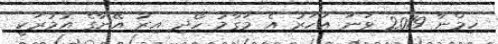
ހިމްނާ 2019 ވަނަ އަހަރު އެ މަގާމު ހޯދި އިރު އޭނާގެ އުމުރަކީ